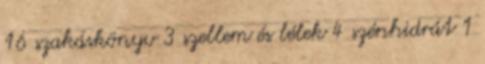
16 szakáskönyv 3 szellem és lélek 4 szénhidrát 1